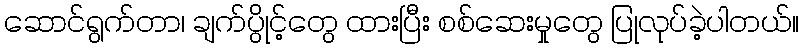
ဆောင်ရွက်တာ၊ ချက်ပွိုင့်တွေ ထားပြီး စစ်ဆေးမှုတွေ ပြုလုပ်ခဲ့ပါတယ်။